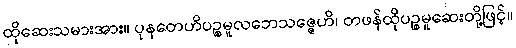
ထိုဆေးသမားအား။ ပုနတေဟိပဉ္စမူလဘေသဇ္ဇေဟိ၊ တဖန်ထိုပဉ္စမူဆေးတို့ဖြင့်။